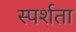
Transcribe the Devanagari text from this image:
स्पर्शता